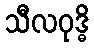
သီလဝုဒ္ဓိ